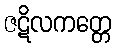
ဇဋိလကတ္တေ